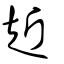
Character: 赾